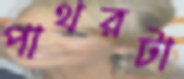
পাথরটা